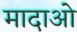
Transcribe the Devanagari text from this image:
मादाओ